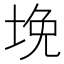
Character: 𰉲